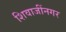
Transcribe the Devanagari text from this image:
शिवाजींनगर